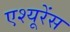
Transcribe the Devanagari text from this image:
एश्यूरेंस